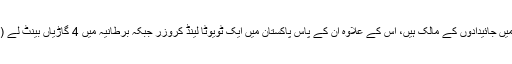
زلفی بخاری پاکستان اور برطانیہ دونوں میں جائیدادوں کے مالک ہیں، اس کے علاوہ ان کے پاس پاکستان میں ایک ٹویوٹا لینڈ کروزر جبکہ برطانیہ میں 4 گاڑیاں بینٹ لے (2017)، رینج روور اور 2 مرسڈیز ہیں۔